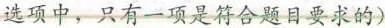
选项中，只有一项是符合题目要求的)